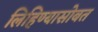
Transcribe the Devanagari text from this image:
लिहिण्यासोबत